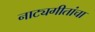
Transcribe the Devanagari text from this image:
नाट्यगीतांचा